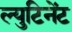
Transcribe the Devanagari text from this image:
ल्युटिनेंट